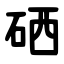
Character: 硒